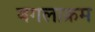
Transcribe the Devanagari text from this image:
बगलाक्रम